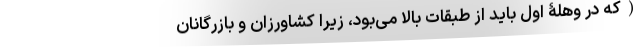
(که در وهلۀ اول باید از طبقات بالا می‌بود، زیرا کشاورزان و بازرگانان